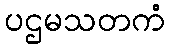
ပဌမသတကံ